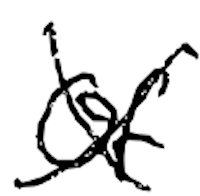
Text: of
Cross-out: cross
Writing tool: digital_black